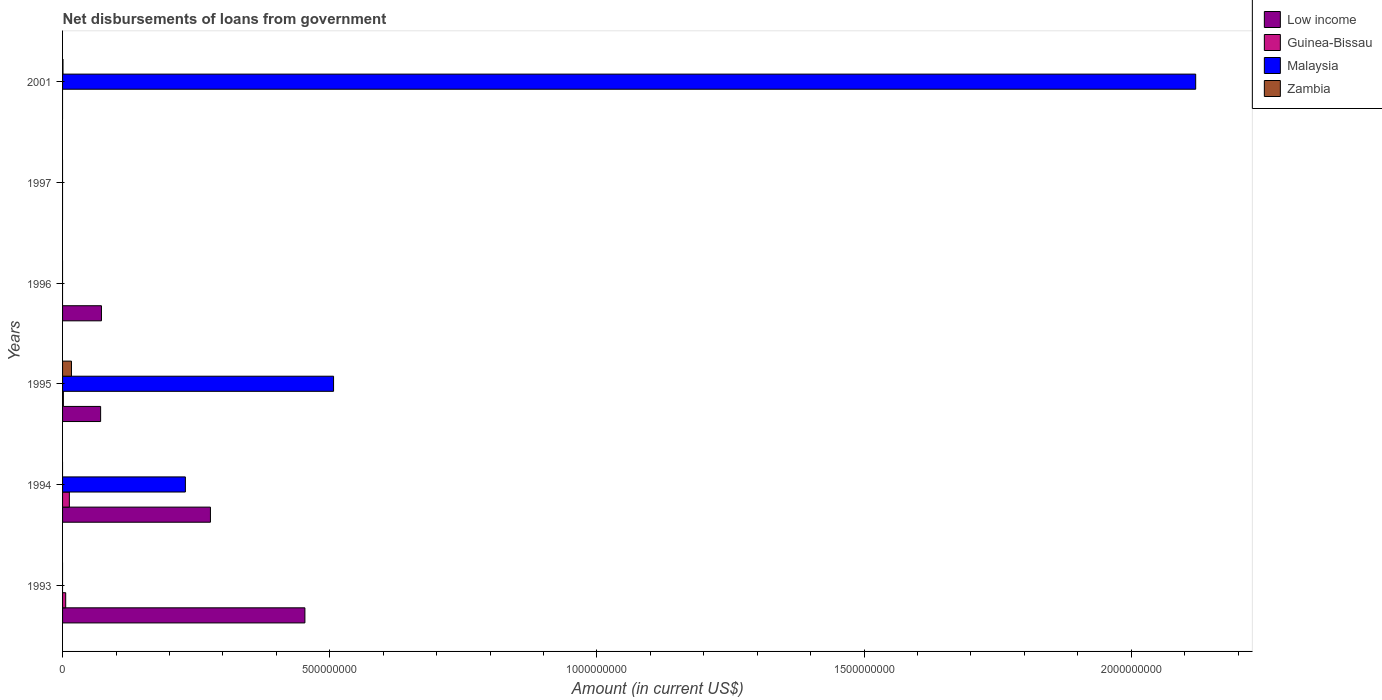
| Years | Low income | Guinea-Bissau | Malaysia | Zambia |
 | --- | --- | --- | --- | --- |
 | 1993 | 4.54e+08 | 5.87e+06 | -7.75e+07 | -2.13e+06 |
 | 1994 | 2.77e+08 | 1.27e+07 | 2.3e+08 | -7.61e+06 |
 | 1995 | 7.12e+07 | 1.52e+06 | 5.07e+08 | 1.67e+07 |
 | 1996 | 7.28e+07 | -1.37e+06 | -6.79e+08 | -1.78e+07 |
 | 1997 | -9.49e+07 | -8.24e+05 | -1.15e+08 | -2e+07 |
 | 2001 | -6.42e+07 | -1.82e+05 | 2.12e+09 | 7.99e+05 |